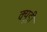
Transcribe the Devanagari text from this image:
क्यूड़ी